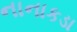
નાનાકડા